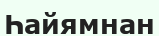
Һайямнан